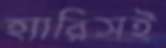
হ্যারিসই